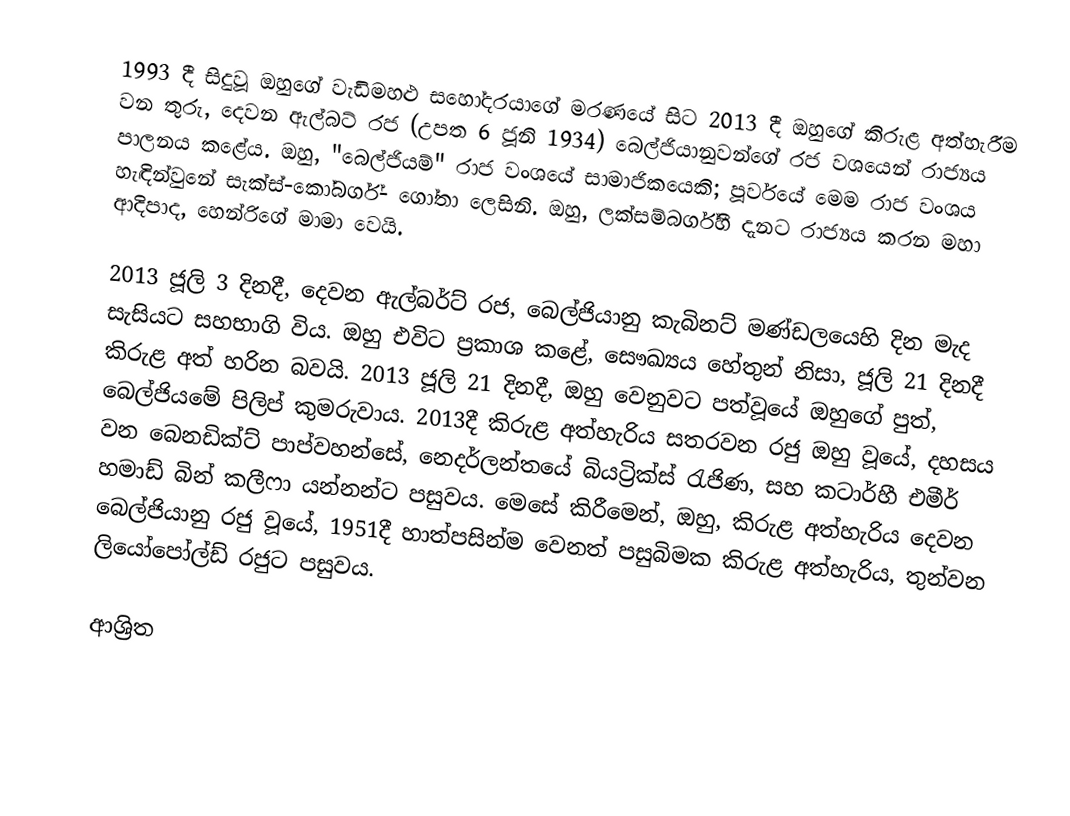
1993 දී සිදුවූ ඔහුගේ වැඩිමහළු සහෝදරයාගේ මරණයේ සිට 2013 දී ඔහුගේ කිරුළ අත්හැරීම වන තුරු, දෙවන ඇල්බට් රජ (උපත 6 ජූනි 1934) බෙල්ජියානුවන්ගේ රජ  වශයෙන් රාජ්‍යය පාලනය කළේය. ඔහු,  "බෙල්ජියම්" රාජ වංශයේ සාමාජිකයෙකි; පූර්වයේ මෙම රාජ වංශය හැඳින්වුනේ  සැක්ස්-කෝබර්ග්- ගෝතා ලෙසිනි. ඔහු, ලක්සම්බර්ග්හී දැනට රාජ්‍යය කරන මහා ආදිපාද, හෙන්රිගේ මාමා වෙයි.

2013 ජූලි 3 දිනදී, දෙවන ඇල්බර්ට් රජ,  බෙල්ජියානු කැබිනට් මණ්ඩලයෙහි දින මැද සැසියට සහභාගි විය. ඔහු එවිට ප්‍රකාශ කළේ, සෞඛ්‍යය හේතුන් නිසා, ජූලි 21 දිනදී කිරුළ අත් හරින බවයි. 2013 ජූලි 21 දිනදී, ඔහු වෙනුවට පත්වූයේ ඔහුගේ පුත්, බෙල්ජියමේ පිලිප් කුමරුවාය. 2013දී කිරුළ අත්හැරිය සතරවන රජු ඔහු වූයේ, දහසය වන බෙනඩික්ට් පාප්වහන්සේ, නෙදර්ලන්තයේ බියට්‍රික්ස් රැජිණ, සහ කටාර්හී එමීර් හමාඩ් බින් කලීෆා යන්නන්ට පසුවය.  මෙසේ කිරීමෙන්, ඔහු, කිරුළ අත්හැරිය දෙවන බෙල්ජියානු රජු වූයේ,  1951දී හාත්පසින්ම වෙනත් පසුබිමක කිරුළ අත්හැරිය,  තුන්වන ලියෝපෝල්ඩ් රජුට පසුවය.

ආශ්‍රිත